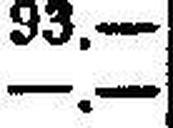
—.—